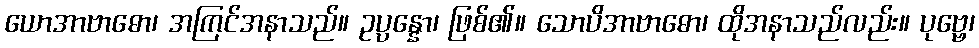
ယောအာဗာဓော၊ အကြင်အနာသည်။ ဥပ္ပန္နော၊ ဖြစ်၏။ သောပိအာဗာဓော၊ ထိုအနာသည်လည်း။ ပုဗ္ဗေ၊